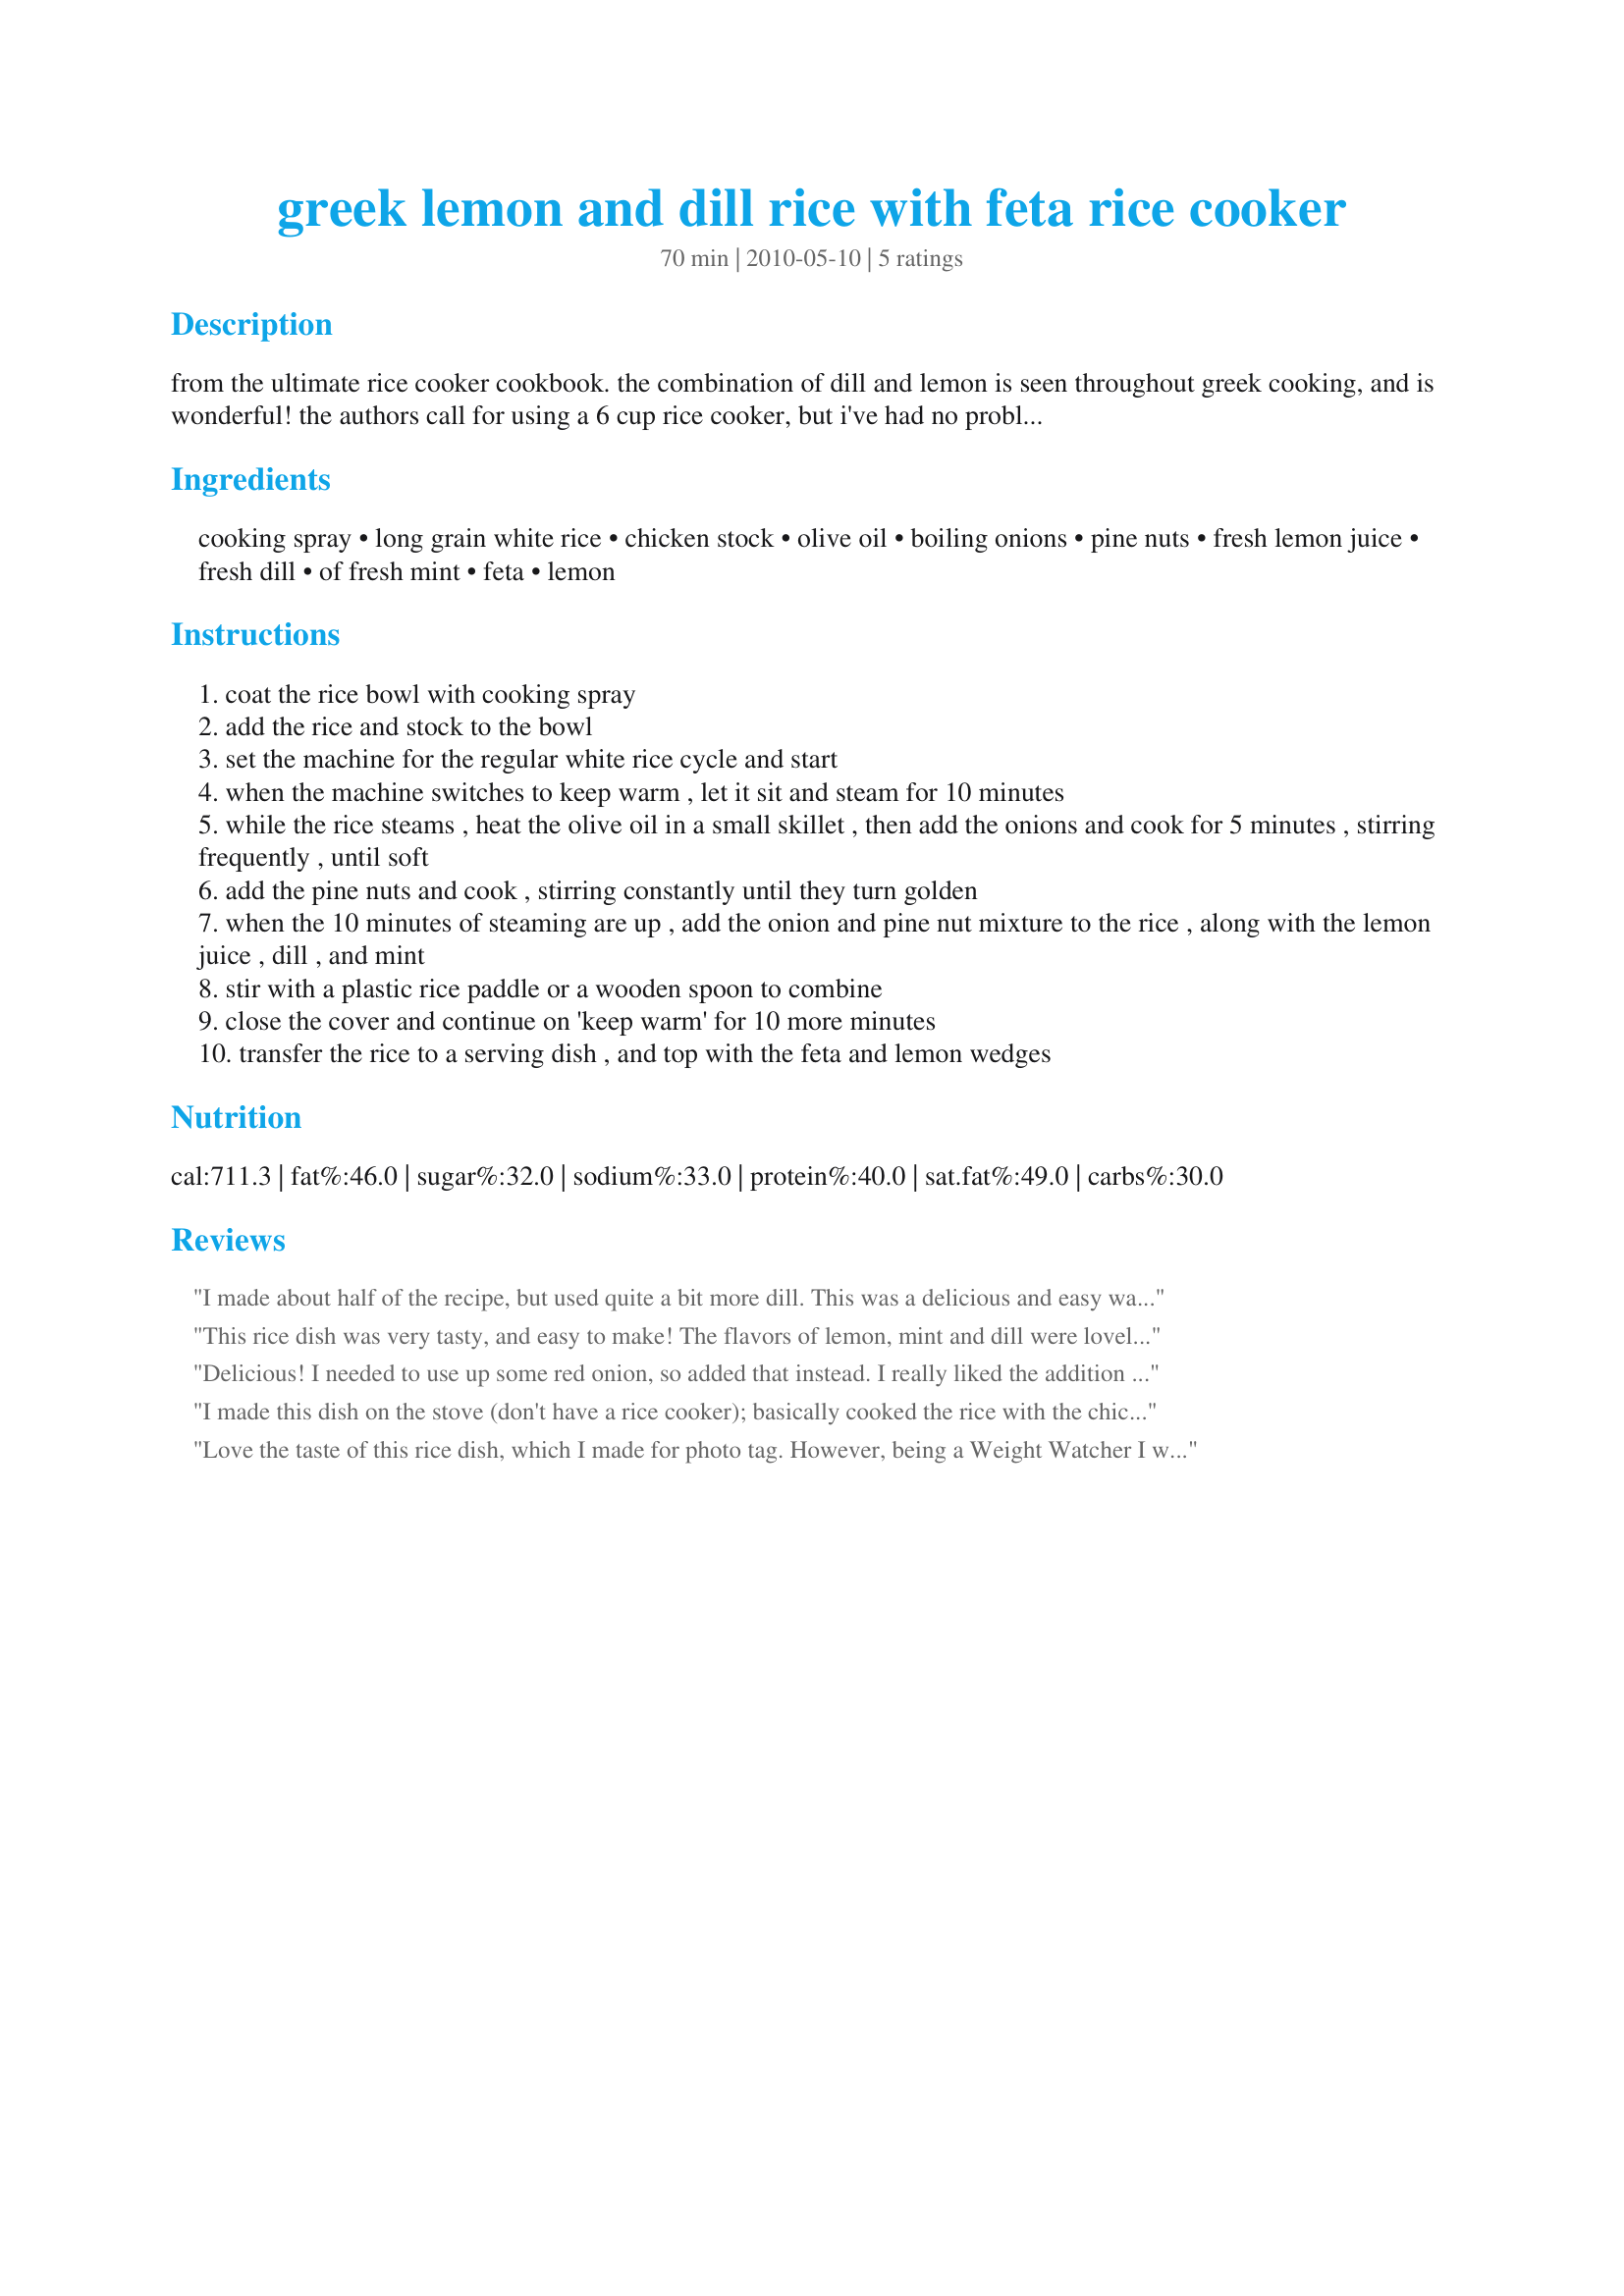
greek lemon and dill rice with feta rice cooker
Preparation time: 70 minutes

from the ultimate rice cooker cookbook. the combination of dill and lemon is seen throughout greek cooking, and is wonderful! the authors call for using a 6 cup rice cooker, but i've had no problems using my 3 cup model. cooking time includes 20 minutes resting time for the rice. this can also be made with brown rice- just increase the chicken stock to 2 2/3 cups.

Ingredients:
cooking spray, long grain white rice, chicken stock, olive oil, boiling onions, pine nuts, fresh lemon juice, fresh dill, of fresh mint, feta, lemon

Steps:
coat the rice bowl with cooking spray
add the rice and stock to the bowl
set the machine for the regular white rice cycle and start
when the machine switches to keep warm , let it sit and steam for 10 minutes
while the rice steams , heat the olive oil in a small skillet , then add the onions and cook for 5 minutes , stirring frequently , until soft
add the pine nuts and cook , stirring constantly until they turn golden
when the 10 minutes of steaming are up , add the onion and pine nut mixture to the rice , along with the lemon juice , dill , and mint
stir with a plastic rice paddle or a wooden spoon to combine
close the cover and continue on 'keep warm' for 10 more minutes
transfer the rice to a serving dish , and top with the feta and lemon wedges

Reviews:
I made about half of the recipe, but used quite a bit more dill. This was a delicious and easy way to dress up rice.
This rice dish was very tasty, and easy to make! The flavors of lemon, mint and dill were lovely, and the addition of pine nuts made it even more tasty. A winner!
Delicious! I needed to use up some red onion, so added that instead. I really liked the addition of the mint, albeit I had to use dried. Look forward to using the fresh next time. Made for Everyday Holiday Tag game. :)
I made this dish on the stove (don't have a rice cooker); basically cooked the rice with the chicken stock and then added the other ingredients and let sit to warm for 5 min. I subbed onions with green onions and did not add pine nuts. Next time I think I will try basmati rice instead, as these are fluffier and not so sticky. The stickiness using long grain rice could have been a factor of me not using a rice cooker, I don't know the difference since I have never used one. Great flavours and great with a different kind of rice dish.
Love the taste of this rice dish, which I made for photo tag. However, being a Weight Watcher I would list the servings as 4 or 5 and to trim fat I used low-fat feta cheese and less than 1 tablespoon of oil and still had great results. Thanks for posting.
